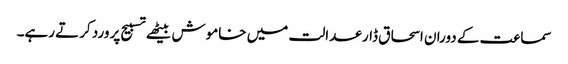
سماعت کے دوران اسحاق ڈار عدالت میں خاموش بیٹھے تسبیح پر ورد کرتے رہے۔